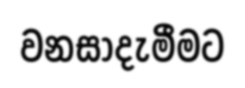
වනසාදැමීමට